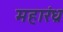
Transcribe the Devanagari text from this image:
महारंध्र